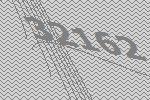
32162